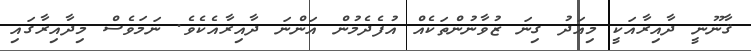
ޤާނޫނީ ދާއިރާއަކީ މިއަދު ގިނަ ޒުވާނުންތަކެއް އުފެދެމުން އަންނަ ދާއިރާއެކެވެ. ނަމަވެސް މިދާއިރާގައި